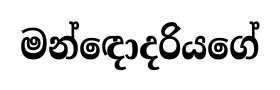
මන්ඳොදරියගේ